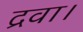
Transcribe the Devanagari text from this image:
द्रवा।